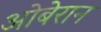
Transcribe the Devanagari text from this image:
ओबेरान